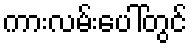
ကားလမ်းပေါ်တွင်